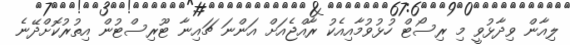
ލިއާން ވިދާޅުވީ މި ރިސޯޓް ހުޅުވުމާއިއެކު ރާއްޖެއަށް އަންނަ ޗައިނާ ޓޫރިސްޓުން އިތުރުކޮށްދޭނެ